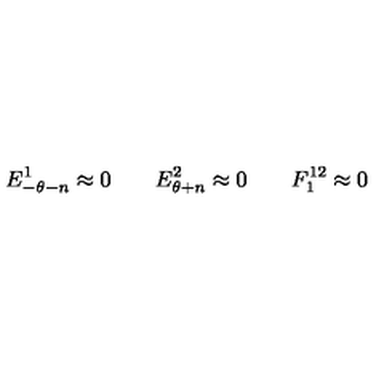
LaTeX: E _ { - \theta - n } ^ { 1 } \approx { } 0 \qquad E _ { \theta + n } ^ { 2 } \approx { } 0 \qquad F _ { 1 } ^ { 1 2 } \approx { } 0